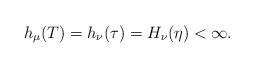
LaTeX: \begin{align*} h_\mu(T)= h_{\nu}(\tau)=H_\nu(\eta)<\infty.\end{align*}